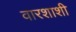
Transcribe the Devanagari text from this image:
वारशाशी